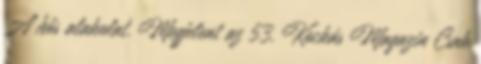
A hős alakulat. Megjelent az 53. Kockás Magazin Csak